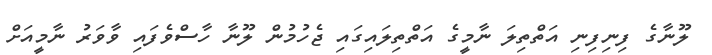
ލޫނާގެ ފިނިފިނި އަތްތިލަ ނާމީގެ އަތްތިލައިގައި ޖެހުމުން ލޫނާ ހާސްވެފައި ވާވަރު ނާމީއަށް